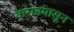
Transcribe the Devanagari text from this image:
कराडपासून